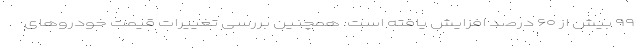
۹۹ بیش از ۶۰ درصد افزایش یافته است. همچنین بررسی تغییرات قیمت خودروهای